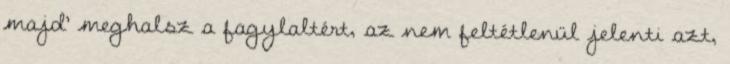
majd' meghalsz a fagylaltért, az nem feltétlenül jelenti azt,